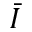
\bar { I }